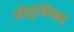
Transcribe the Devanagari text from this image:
श्रीपुरंवियम्